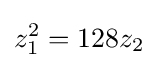
z_{1}^{2}=128z_{2}